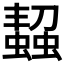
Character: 𧑨